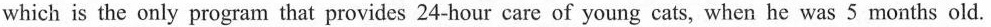
which is the only program that provides 24-hour care of young cats, when he was 5 months old.